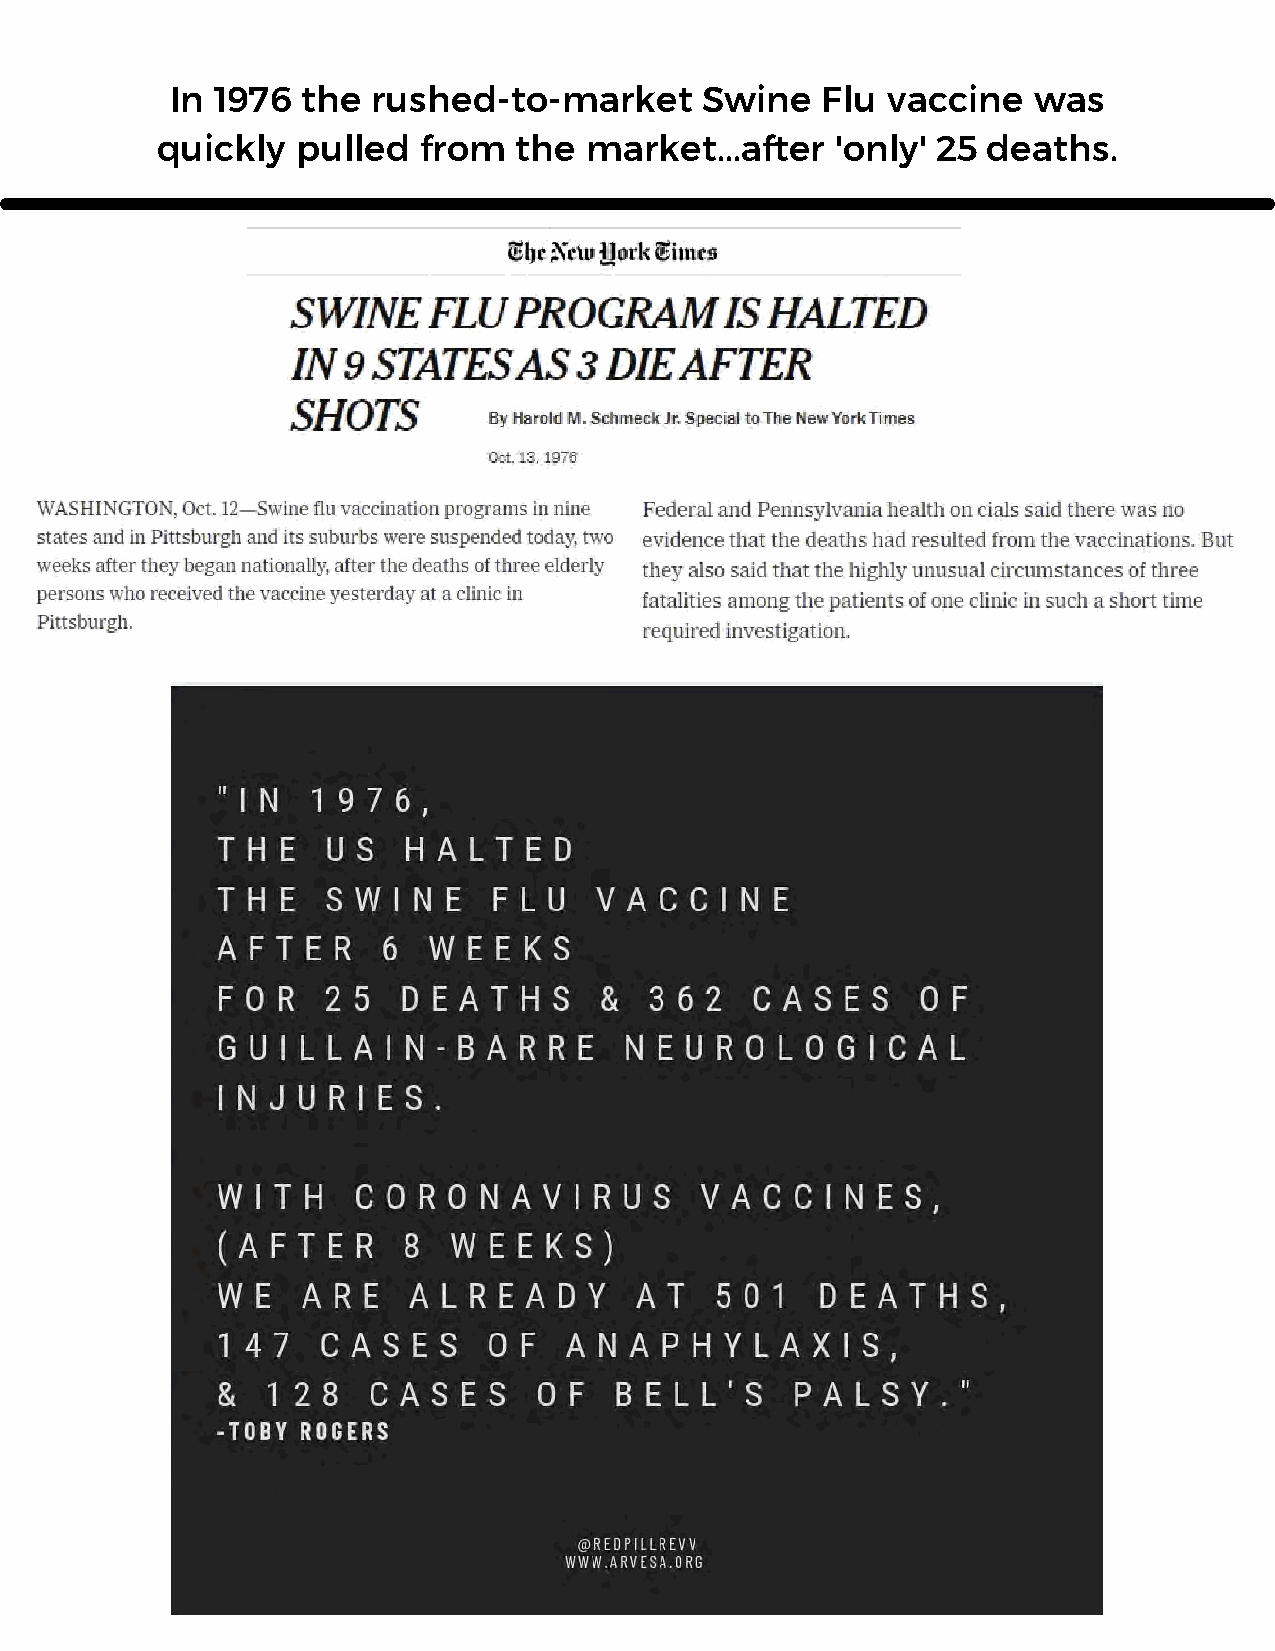
In 1976  the  rushed-to-market      Swine  Flu  vaccine  was
 quickly   pulled  from  the  market...after  'only' 25 deaths.